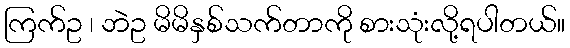
ကြက်ဥ ၊ ဘဲဥ မိမိနှစ်သက်တာကို စားသုံးလို့ရပါတယ်။